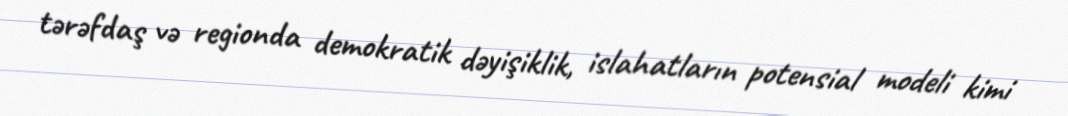
tərəfdaş və regionda demokratik dəyişiklik, islahatların potensial modeli kimi